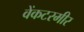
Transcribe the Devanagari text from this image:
वेंकटरमीर